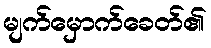
မျက်မှောက်ခေတ်၏